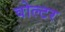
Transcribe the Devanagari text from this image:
वोल्टर